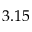
3 . 1 5